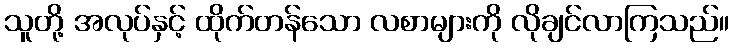
သူတို့ အလုပ်နှင့် ထိုက်တန်သော လစာများကို လိုချင်လာကြသည်။